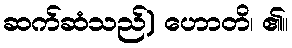
ဆက်ဆံသည်) ဟောတိ၊ ၏။